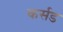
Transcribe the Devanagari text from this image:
कर्सड